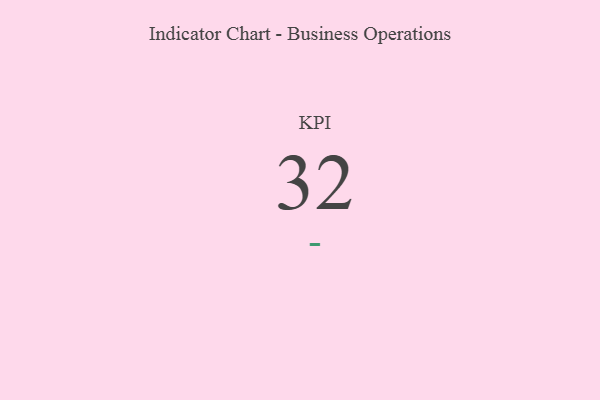
{"axis": {"x": "KPI", "y": "Value"}, "legend": [""], "data": [{"x": "KPI", "y": 32, "type": ""}]}